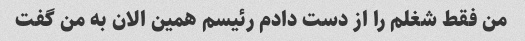
من فقط شغلم را از دست دادم رئیسم همین الان به من گفت